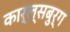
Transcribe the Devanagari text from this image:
कार्ल्सबुर्ग